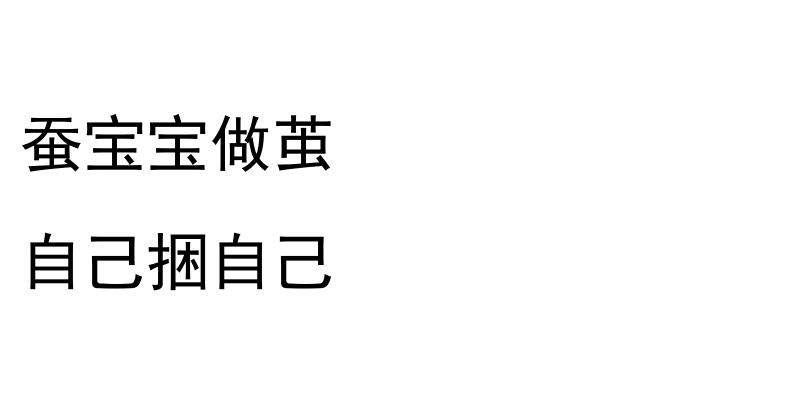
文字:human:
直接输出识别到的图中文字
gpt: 蚕宝宝做茧 自己捆自己